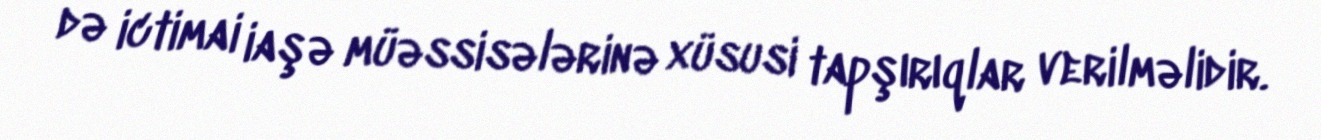
də ictimai iaşə müəssisələrinə xüsusi tapşırıqlar verilməlidir.